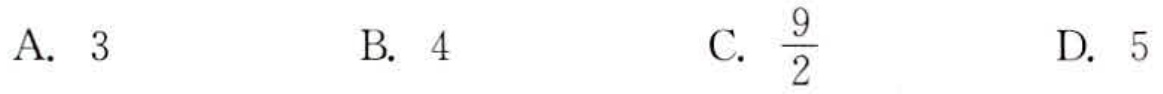
A. \(3\)  B. \(4\)  C. \(\frac{9}{2}\)  D. \(5\)